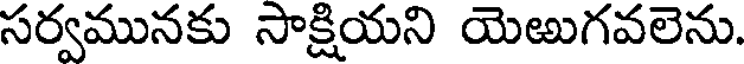
సర్వమునకు సాక్షియని యెఱుగవలెను.